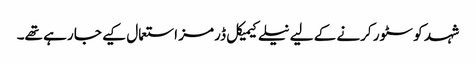
شہد کو سٹور کرنے کے لیے نیلے کیمیکل ڈرمز استعمال کیے جا رہے تھے۔